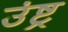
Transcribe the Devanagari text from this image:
उंष्ट्र